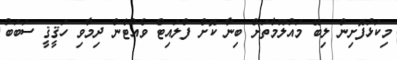
މިކަޅުފޮށިން ލިބޭ މައުލޫމާތަށް ބިނާ ކޮށް ފްލައިޓް ވެއްޓެެން ދިމާވި ހަޤީޤީ ސަބަބު